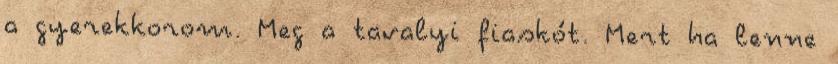
a gyerekkorom. Meg a tavalyi fiaskót. Mert ha lenne